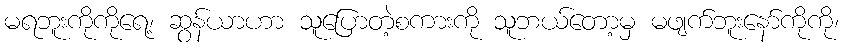
မရဘူးကိုကိုရေ့၊ ဆွန်ယာဟာ သူပြောတဲ့စကားကို သူဘယ်တော့မှ မဖျက်ဘူးနော်ကိုကို၊